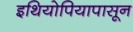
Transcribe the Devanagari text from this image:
इथियोपियापासून